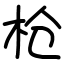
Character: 枪